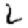
Digit: 2